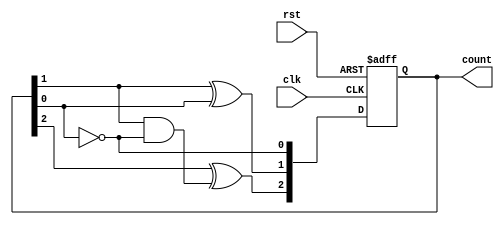
module async_counter (
    input wire clk,    // Clock signal
    input wire rst,    // Asynchronous reset signal
    output reg [n-1:0] count // Output count
);
    parameter n = 3; // Change this parameter for desired bit width (e.g., 3 for a 3-bit counter)

    always @(posedge clk or posedge rst) begin
        if (rst) begin
            count <= 0; // Reset count to zero
        end else begin
            count[0] <= ~count[0]; // Toggle LSB
            count[1] <= count[1] ^ count[0]; // Toggle second flip-flop based on LSB
            count[2] <= count[2] ^ (count[1] & ~count[0]); // Toggle third flip-flop
            // Add more flip-flops based on the value of n
        end
    end
endmodule